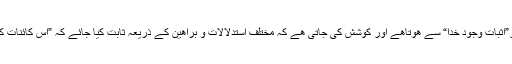
عام طور پر کتب فلسفہ وکلام میں سے بحث کا آغاز”اثبات وجود خدا“ سے ھوتاھے اور کوشش کی جاتی ھے کہ مختلف استدلالات و براھین کے ذریعہ ثابت کیا جائے کہ ”اس کائنات کا ایک خالق ھے جو خود کسی کی مخلوق نہیں ھے۔